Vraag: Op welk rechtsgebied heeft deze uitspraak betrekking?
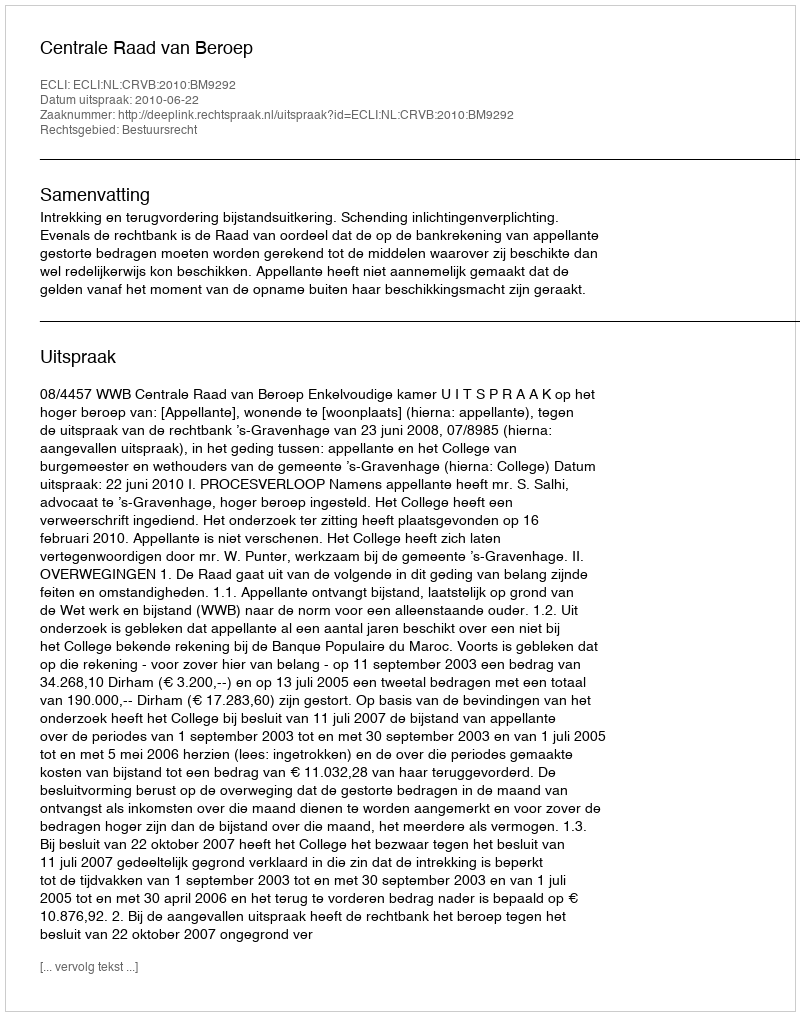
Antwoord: Bestuursrecht